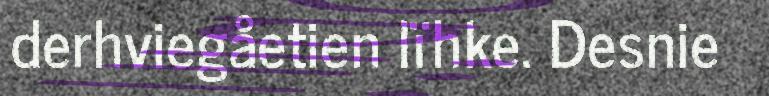
derhviegåetien lïhke. Desnie